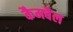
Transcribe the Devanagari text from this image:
कैमबैल